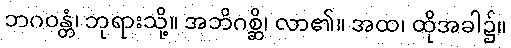
ဘဂဝန္တံ၊ ဘုရားသို့။ အဘိဂစ္ဆိ၊ လာ၏။ အထ၊ ထိုအခါ၌။